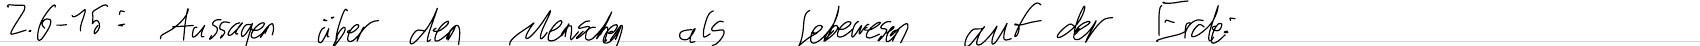
Z.6-15: Aussagen über den Menschen als Lebewesen auf der Erde: